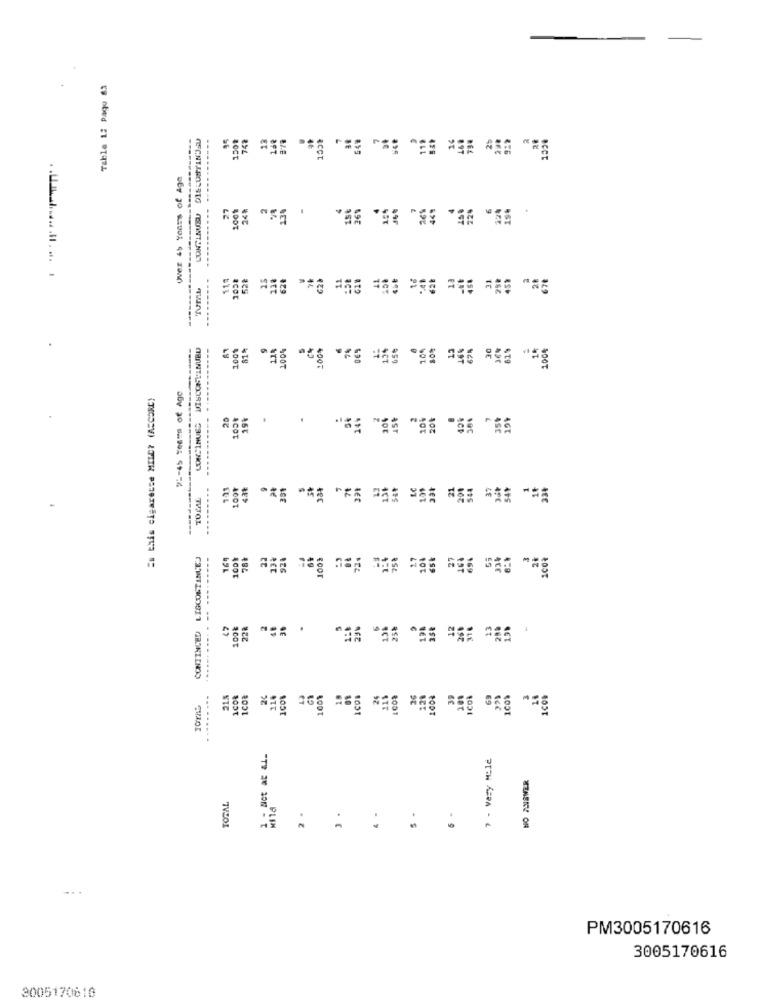
Table 12 pago 6.3
35
748
13
BCCT
Over 45 Years of Age
100%
13%
WE. SE. $5. #5. 55.
LUNELNEU
114
1038
528
238
62₺
620
11
TUML
VISCONTINUBU
100%
100+
80%
67%
1004
== this cigarette MILD? (ASCORE)
21-45 Years of Age
20
19%
14%
20%
158
10%
20%
35%
CONTINUES
193
334
7+
LC
21
200
37
TOPAL
.-...
** 5
CONTINUED LIGCONTINUED
--
100%
78₺
13%
92.
1003
75%
17
101
160
69%
33%
49
-- ---
47
228
2
23%
25%
198
12
260
13
-
.....
21.5
18
COS
26
36
220
100%
39
200
CON
69
7 - Very Mile
NO ANSWER
TOTAL
s -
2 .
4 -
....
PM3005170616
3005170616
3005170810